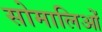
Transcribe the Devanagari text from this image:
सोमालिओं